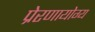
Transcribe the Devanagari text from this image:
प्रेरणायोग्य